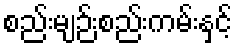
စည်းမျဉ်းစည်းကမ်းနှင့်